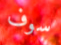
سوف